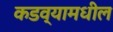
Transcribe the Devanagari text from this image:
कडव्यामधील